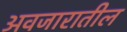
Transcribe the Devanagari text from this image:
अवजारातील